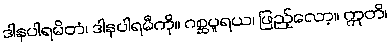
ဒါနပါရမိတံ၊ ဒါနပါရမီကို။ ဂစ္ဆပူရယ၊ ဖြည့်လော့။ ဣတိ၊